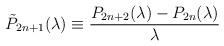
LaTeX: \begin{align*}\tilde{P}_{2n+1}(\lambda) \equiv \frac{P_{2n+2}(\lambda)-P_{2n}(\lambda)}{\lambda}\end{align*}